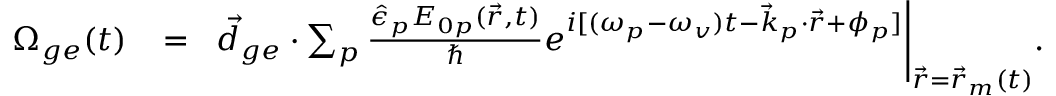
\begin{array} { r l r } { \Omega _ { g e } ( t ) \! } & { { } = } & { \! \vec { d } _ { g e } \cdot \sum _ { p } \frac { \hat { \epsilon } _ { p } E _ { 0 p } ( \vec { r } , t ) } { \hbar } e ^ { i [ ( \omega _ { p } - \omega _ { v } ) t - \vec { k } _ { p } \cdot \vec { r } + \phi _ { p } ] } \Bigg \rvert _ { \vec { r } = \vec { r } _ { m } ( t ) } . } \end{array}